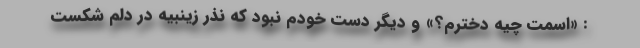
: «اسمت چیه دخترم؟» و دیگر دست خودم نبود که نذر زینبیه در دلم شکست